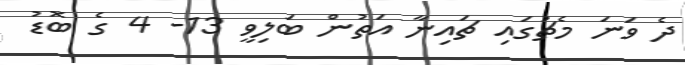
ދެ ވަނަ މެޗުގައި ޗައިނާ އަތުން ބަލިވީ 13- 4 ގެ ބޮޑު